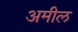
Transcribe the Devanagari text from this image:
अमील